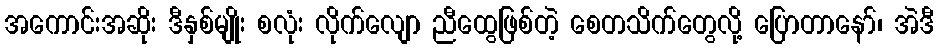
အကောင်းအဆိုး ဒီနှစ်မျိုး စလုံး လိုက်လျော ညီထွေဖြစ်တဲ့ စေတသိက်တွေလို့ ပြောတာနော်၊ အဲဒီ